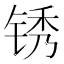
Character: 锈